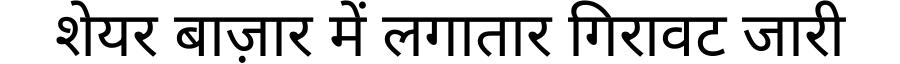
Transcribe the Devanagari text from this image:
शेयर बाज़ार में लगातार गिरावट जारी